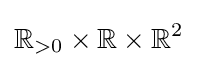
\mathbb {R} _{>0}\times \mathbb {R} \times \mathbb {R} ^{2}